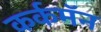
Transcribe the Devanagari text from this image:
कर्कमॅन